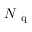
\ensuremath { { N _ { \mathrm { ~ q ~ } } } }